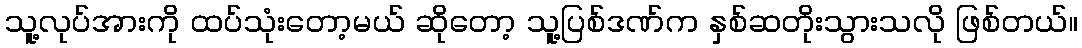
သူ့လုပ်အားကို ထပ်သုံးတော့မယ် ဆိုတော့ သူ့ပြစ်ဒဏ်က နှစ်ဆတိုးသွားသလို ဖြစ်တယ်။